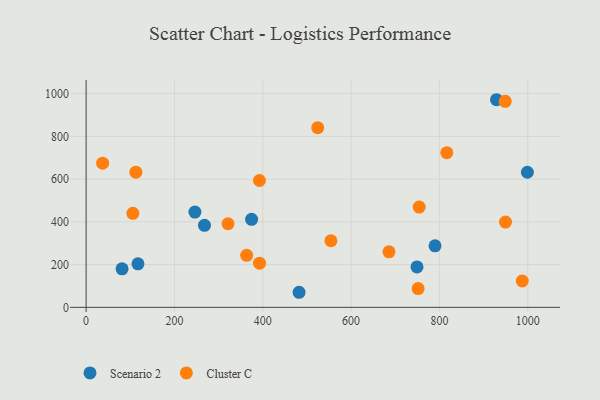
{"axis": {"x": "Investment", "y": "Rating"}, "legend": ["Cluster C", "Scenario 2"], "data": [{"x": "790.0", "y": 287.7, "type": "Scenario 2"}, {"x": "117.4", "y": 203.8, "type": "Scenario 2"}, {"x": "999.1", "y": 632.2, "type": "Scenario 2"}, {"x": "246.4", "y": 445.7, "type": "Scenario 2"}, {"x": "482.2", "y": 70.5, "type": "Scenario 2"}, {"x": "929.2", "y": 971.5, "type": "Scenario 2"}, {"x": "374.7", "y": 412.0, "type": "Scenario 2"}, {"x": "81.4", "y": 180.0, "type": "Scenario 2"}, {"x": "268.0", "y": 383.9, "type": "Scenario 2"}, {"x": "749.2", "y": 189.2, "type": "Scenario 2"}, {"x": "112.7", "y": 632.5, "type": "Cluster C"}, {"x": "987.5", "y": 123.2, "type": "Cluster C"}, {"x": "554.3", "y": 311.5, "type": "Cluster C"}, {"x": "949.6", "y": 399.1, "type": "Cluster C"}, {"x": "816.6", "y": 723.7, "type": "Cluster C"}, {"x": "105.9", "y": 440.1, "type": "Cluster C"}, {"x": "685.7", "y": 260.0, "type": "Cluster C"}, {"x": "392.4", "y": 593.5, "type": "Cluster C"}, {"x": "321.3", "y": 391.1, "type": "Cluster C"}, {"x": "363.5", "y": 243.5, "type": "Cluster C"}, {"x": "37.4", "y": 674.6, "type": "Cluster C"}, {"x": "754.2", "y": 469.1, "type": "Cluster C"}, {"x": "751.7", "y": 87.8, "type": "Cluster C"}, {"x": "948.9", "y": 964.0, "type": "Cluster C"}, {"x": "392.6", "y": 206.9, "type": "Cluster C"}, {"x": "524.4", "y": 840.9, "type": "Cluster C"}]}